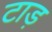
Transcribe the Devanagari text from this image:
टाड़